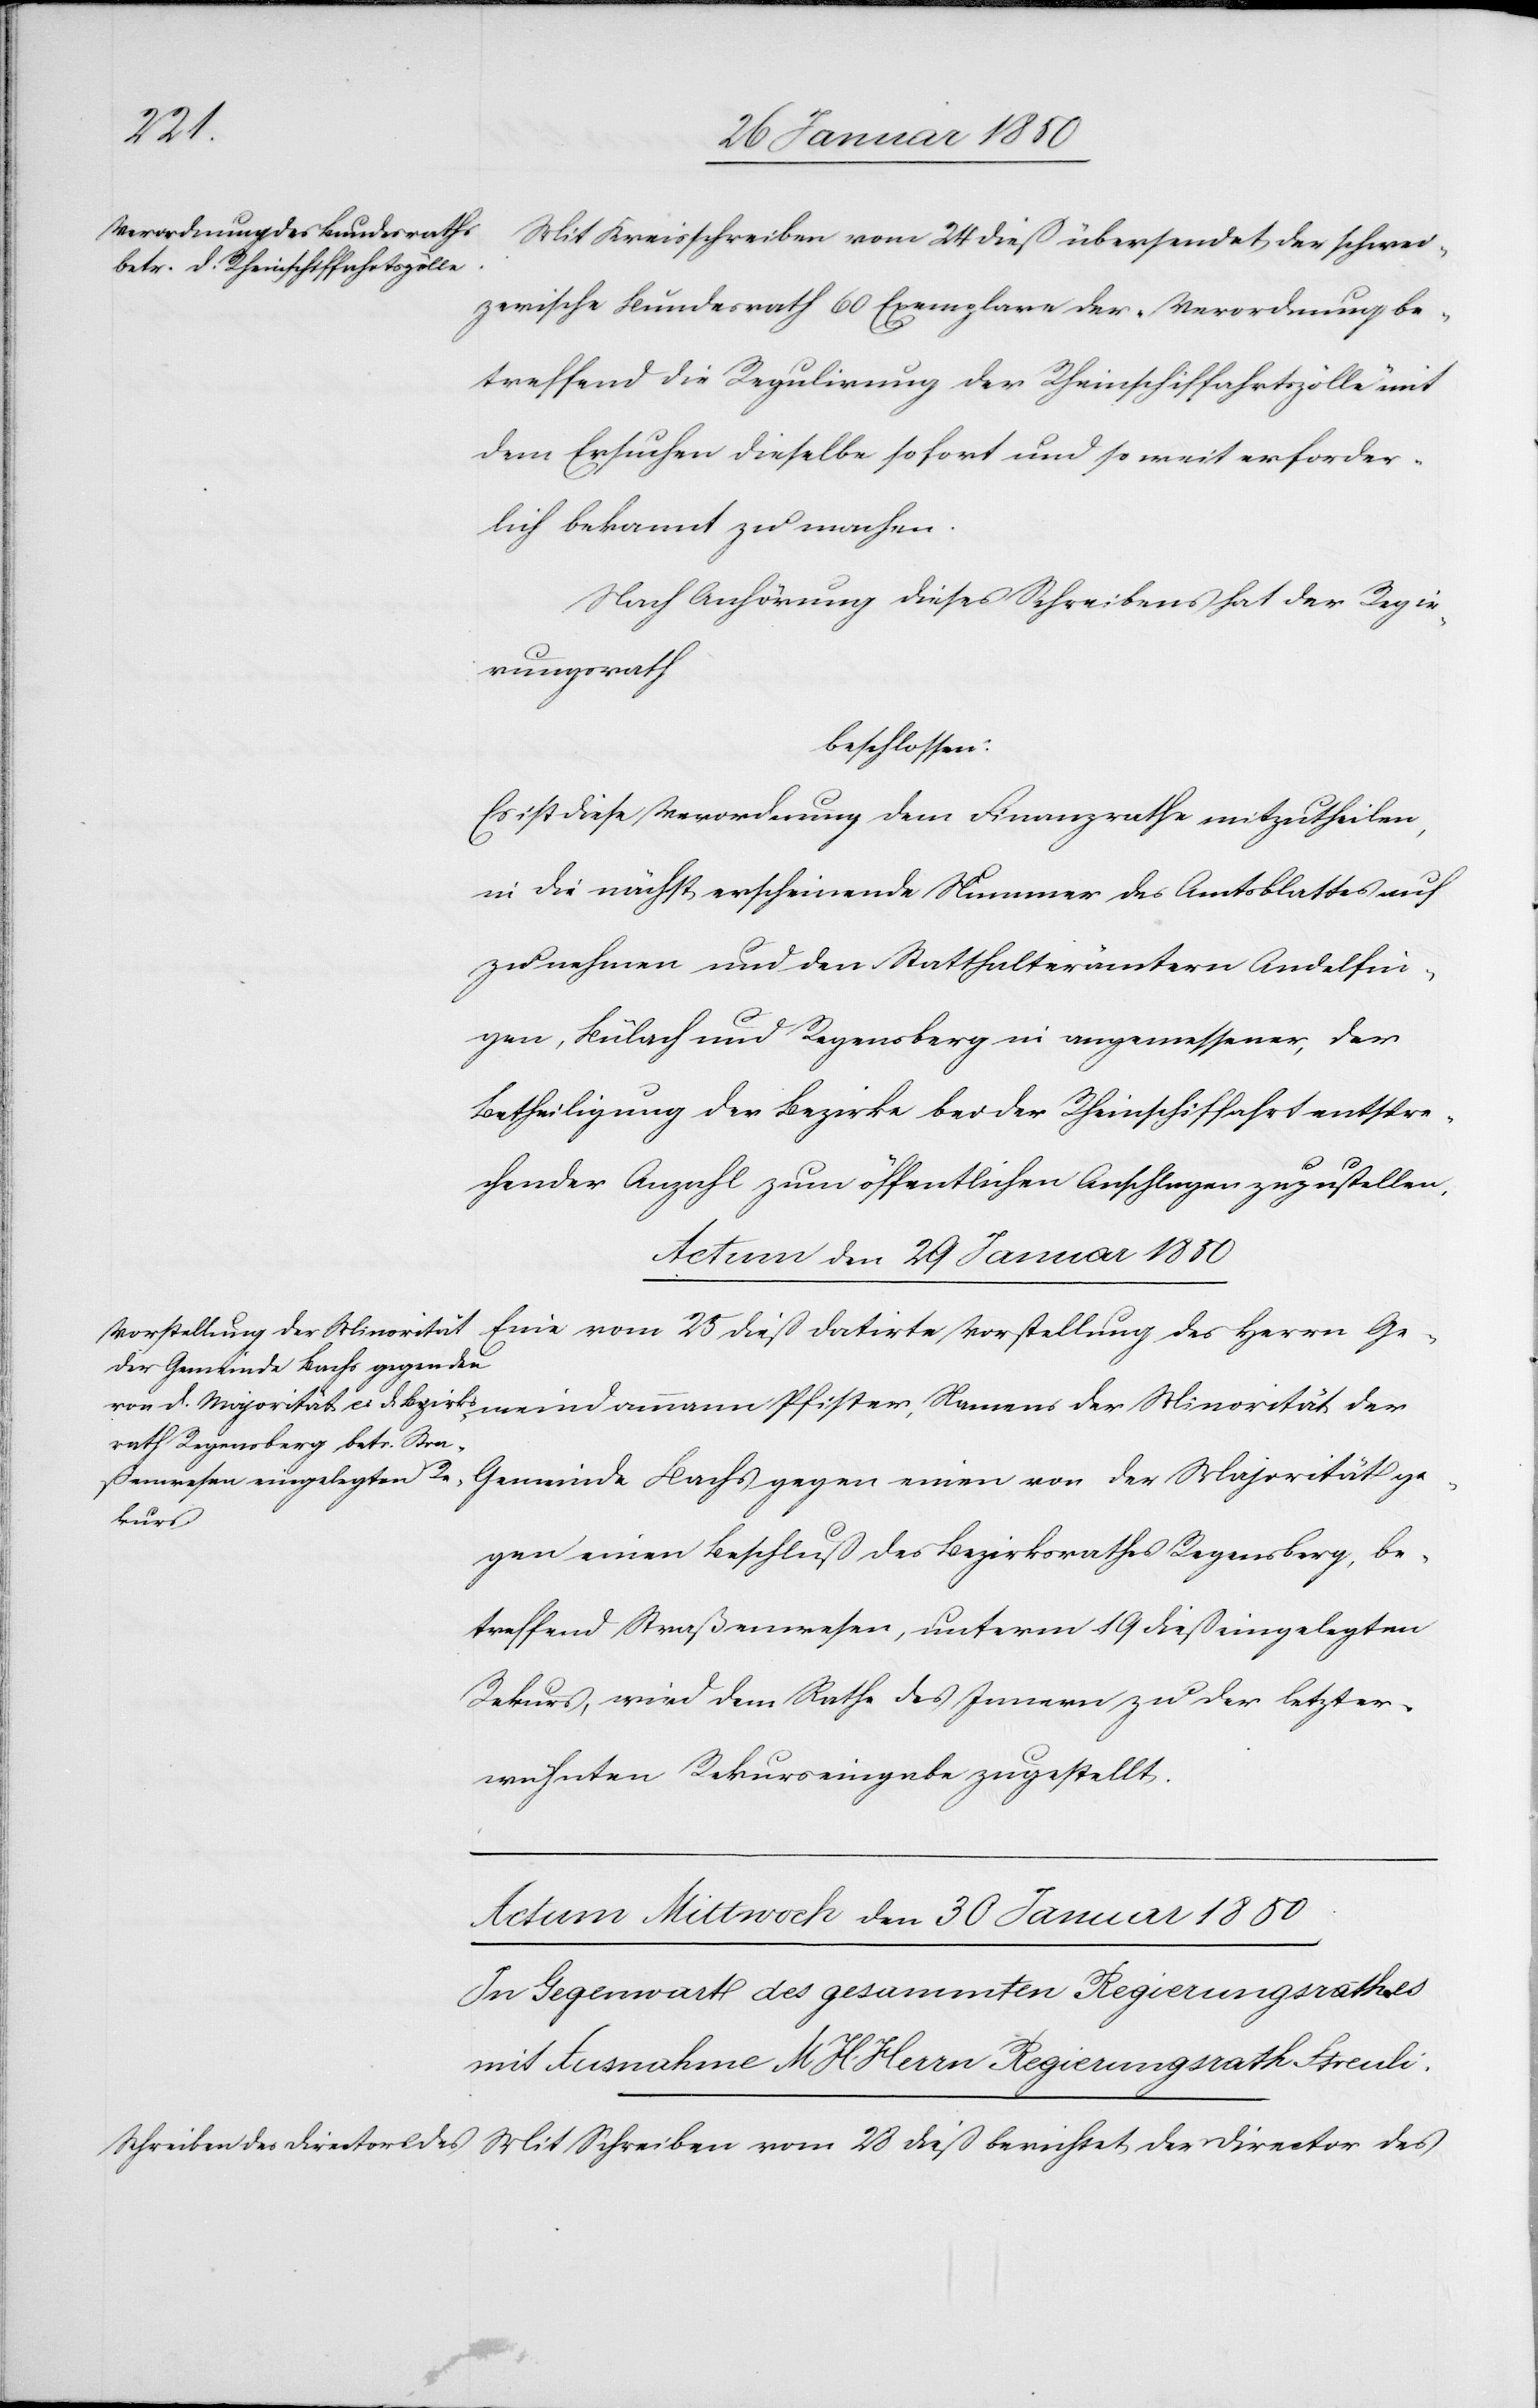
Mit
Mit Kreisschreiben vom 24 dieß übersendet der schwei¬
zerische Bundesrath 60 Exemplare der Verordnung be¬
treffend die Regulirung der Rheinschiffahrtszölle mit
dem Ersuchen dieselbe sofort und so weit erforder¬
lich bekannt zu machen.
Nach Anhörung dieses Schreibens hat der Regie¬
rungsrath
beschlossen:
Es ist diese Verordnung dem Finanzrathe mitzutheilen,
in die nächst erscheinende Nummer des Amtsblattes auf
zu nehmen und den Statthalterämtern Andelfin¬
gen, Bülach und Regensberg in angemessener, der
Betheiligung der Bezirke bei der Rheinschiffahrt entspre¬
chender Anzahl zum öffentlichen Anschlagen zuzustellen.
Eine vom 25 dieß datirte Vorstellung des Herrn Ge¬
der Gemeinde Bachs gegen einen
von der
gegen einen Beschluß des Bezirksrathes Regensberg, be¬
treffend Straßenwesen, unterm 19 dieß eingelegten
Rekurs, wird dem Rathe des Innern zu der letzter¬
wähnten Rekurseingabe zugestellt.